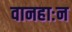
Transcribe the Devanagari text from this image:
वानहाःन